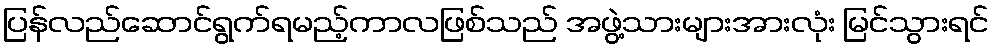
ပြန်လည်ဆောင်ရွက်ရမည့်ကာလဖြစ်သည် အဖွဲ့သားများအားလုံး မြင်သွားရင်